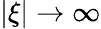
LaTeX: |\xi|\to\infty